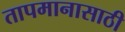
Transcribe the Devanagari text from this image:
तापमानासाठी